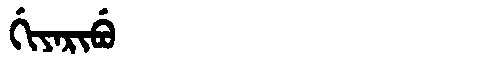
Manchu: ᡤᡳᠶᠠᡵᡳᠪᡠ
Romanization: GIYARIBU